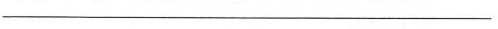
___